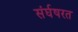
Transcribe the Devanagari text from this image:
संर्घषरत